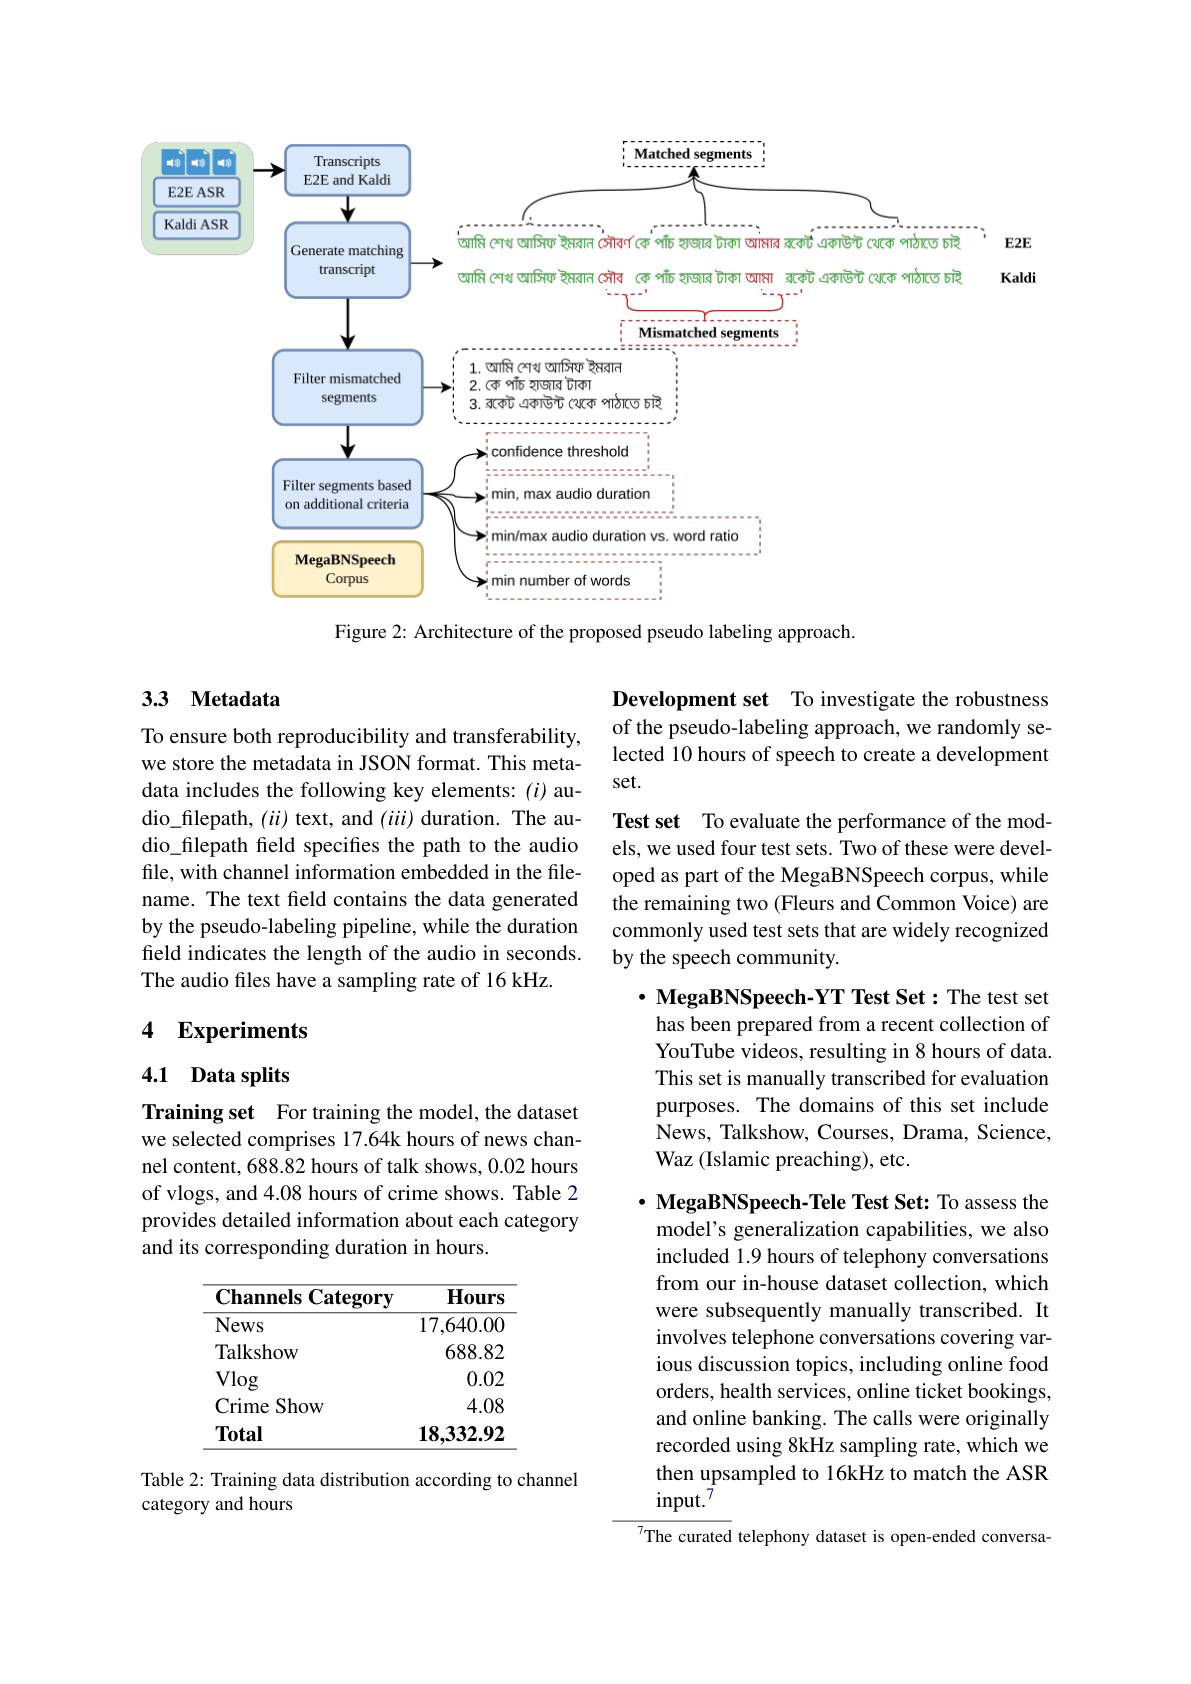
<FigureHere>

Figure 2: Architecture of the proposed pseudo labeling approach.

## 3.3 Metadata

Development set To investigate the robustness of the pseudo-labeling approach, we randomly selected 10 hours of speech to create a development set.
Test set To evaluate the performance of the models, we used four test sets. Two of these were developed as part of the MegaBNSpeech corpus, while the remaining two (Fleurs and Common Voice) are commonly used test sets that are widely recognized by the speech community.

To ensure both reproducibility and transferability, we store the metadata in JSON format. This metadata includes the following key elements: (i) audio\_filepath, $(ii)$ text, and $(iii)$ duration. The audio\_filepath field specifies the path to the audio file, with channel information embedded in the filename. The text field contains the data generated by the pseudo-labeling pipeline, while the duration feld indicates the length of the audio in seconds. The audio files have a sampling rate of 16 kHz.

## 4 Experiments

## 4.1 Data splits

$\cdot$ MegaBNSpeech-YT Test Set: The test set has been prepared from a recent collection of YouTube videos, resulting in 8 hours of data. This set is manually transcribed for evaluation purposes. The domains of this set include News, Talkshow, Courses, Drama, Science, Waz (Islamic preaching), etc.

Training set For training the model, the dataset we selected comprises 17.64k hours of news channel content, 688.82 hours of talk shows, 0.02 hours of vlogs, and 4.08 hours of crime shows. Table 2 provides detailed information about each category and its corresponding duration in hours.

$\cdot \textbf{ MegaBNSpeech- Tele Test Set: To assess the}$ model's generalization capabilities, we also

<table>
	<tbody>
		<tr>
			<th>Channels Category</th>
			<th>Hours $\mathbf{gory}$</th>
		</tr>
		<tr>
			<td>News</td>
			<td>17,640.0C</td>
		</tr>
		<tr>
			<td>Talkshow</td>
			<td>688.82</td>
		</tr>
		<tr>
			<td>Vlog</td>
			<td>0.02</td>
		</tr>
		<tr>
			<td>Crime Show</td>
			<td>4.08</td>
		</tr>
		<tr>
			<td>Total</td>
			<td>18,332.92</td>
		</tr>
	</tbody>
</table>

included 1.9 hours of telephony conversations from our in-house dataset collection, which were subsequently manually transcribed. It involves telephone conversations covering various discussion topics, including online food orders, health services, online ticket bookings, and online banking. The calls were originally recorded using 8kHz sampling rate, which we then upsampled to 16kHz to match the ASR $\mathrm{input.}^{\bar{\prime}}$
${}^{7}$The curated telephony dataset is open-ended conversa-

Table 2: Training data distribution according to channel
category and hours